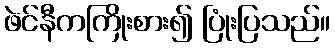
ဖဲင်နီကကြိုးစား၍ ပြုံးပြသည်။